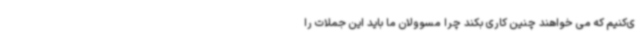
ی‌کنیم که می خواهند چنین کاری بکند چرا مسوولان ما باید این جملات را